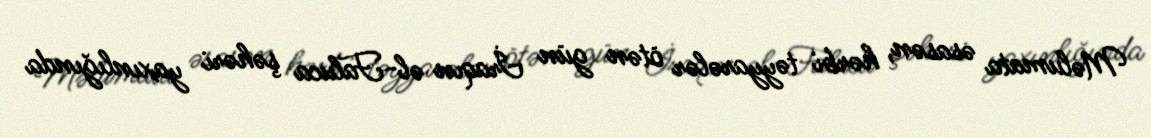
Məlumata əsasən, hərbi təyyarələr ötən gün İraqın əl-Faluca şəhəri yaxınlığında